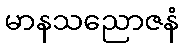
မာနသညောဇနံ